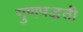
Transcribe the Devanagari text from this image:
गुणपद्धती